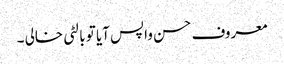
معروف حسن واپس آیا تو بالٹی خالی ۔